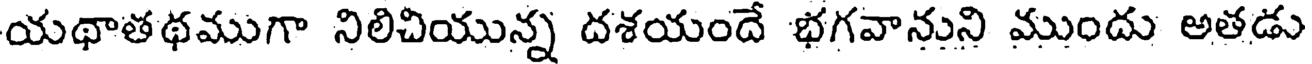
యథాతథముగా నిలిచియున్న దశయందే భగవానుని ముందు అతడు